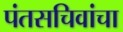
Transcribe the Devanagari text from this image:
पंतसचिवांचा